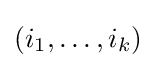
(i_{1},\ldots ,i_{k})